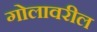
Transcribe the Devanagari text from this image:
गोलावरील